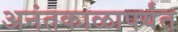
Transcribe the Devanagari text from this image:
अनंतकाळापर्यंत